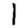
Digit: 1